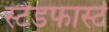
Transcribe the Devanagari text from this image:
स्टेडफास्ट